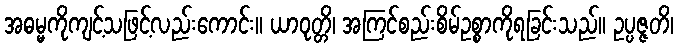
အဓမ္မကိုကျင့်သဖြင့်လည်းကောင်း။ ယာဝုတ္တိ၊ အကြင်စည်းစိမ်ဥစ္စာကိုရခြင်းသည်။ ဥပ္ပဇ္ဇတိ၊